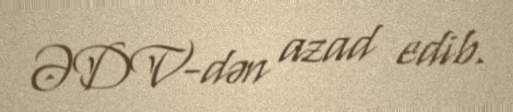
ƏDV-dən azad edib.